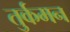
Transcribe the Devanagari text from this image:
तुर्कमन